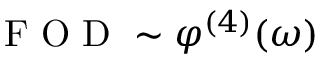
\mathrm { ~ F ~ O ~ D ~ } \sim \varphi ^ { ( 4 ) } ( \omega )